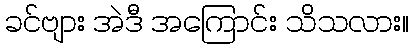
ခင်ဗျား အဲဒီ အကြောင်း သိသလား။